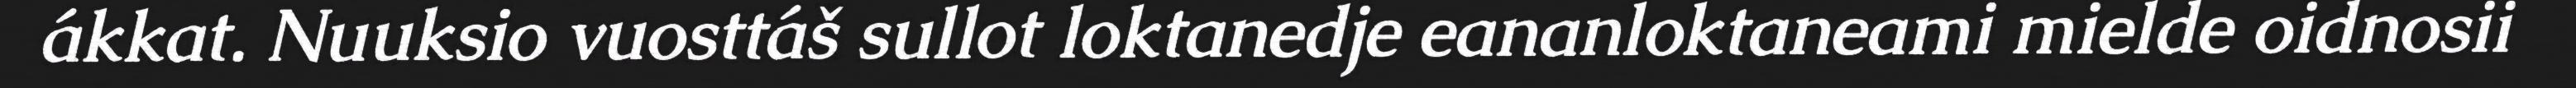
ákkat. Nuuksio vuosttáš sullot loktanedje eananloktaneami mielde oidnosii